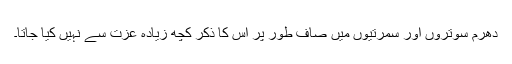
دھرم سوتروں اور سمرتیوں میں صاف طور پر اس کا ذکر کچھ زیادہ عزت سے نہیں کیا جاتا۔